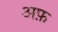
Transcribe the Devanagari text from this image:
अफ़